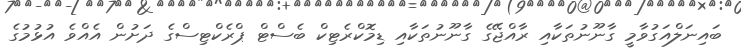
ބައިނަލްއަގުވާމީ ގާނޫނުތަކާއި ރާއްޖޭގެ ގާނޫނުތަކާއި ޑިމޮކްރެޓިކް ބެސްޓް ޕްރެކްޓިސްގެ ދަށުން އެއްވެ އުޅުމުގެ